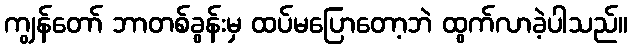
ကျွန်တော် ဘာတစ်ခွန်းမှ ထပ်မပြောတော့ဘဲ ထွက်လာခဲ့ပါသည်။